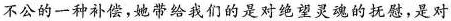
不公的一种补偿，她带给我们的是对绝望灵魂的抚慰，是对